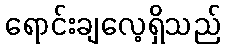
ရောင်းချလေ့ရှိသည်